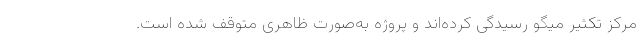
مرکز تکثیر میگو رسیدگی کرده‌اند و پروژه به‌صورت ظاهری متوقف شده است.